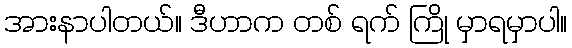
အားနာပါတယ်။ ဒီဟာက တစ် ရက် ကြို မှာရမှာပါ။